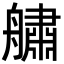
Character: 𦪓